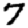
Digit: 7